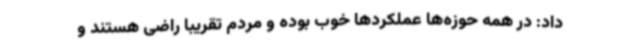
داد: در همه حوزه‌ها عملکردها خوب بوده و مردم تقریباً راضی هستند و